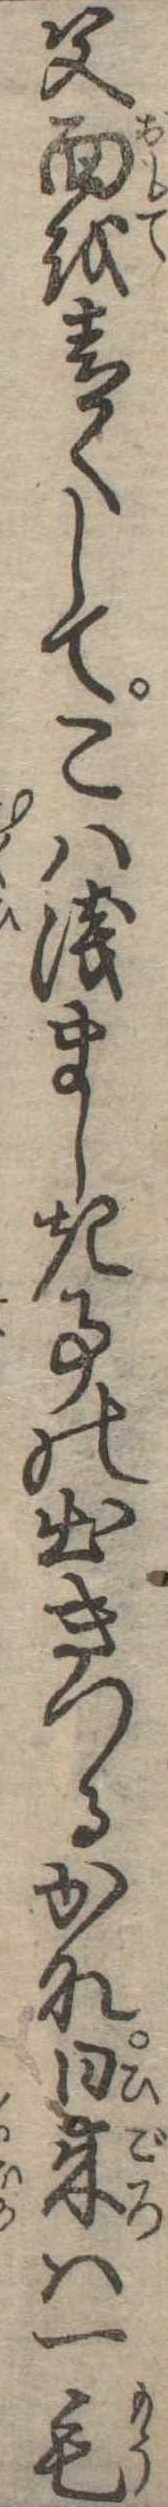
父面を青くしてこは浅ましき事の出きつるかな日来は一毛